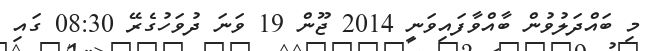
މި ބައްދަލުވުން ބާއްވާފައިވަނީ 2014 ޖޫން 19 ވަނަ ދުވަހުގެރޭ 08:30 ގައި